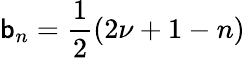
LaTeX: \mathsf{b}_{n}=\frac{{1}}{{2}}(2\nu+1-n)